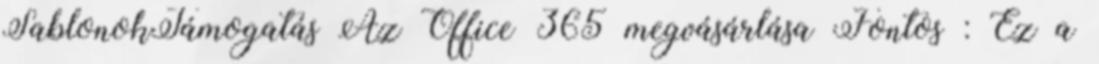
SablonokTámogatás Az Office 365 megvásárlása Fontos : Ez a